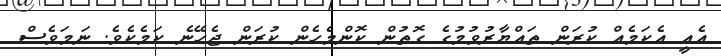
އެއީ އެކަމެއް ކުރަން ތައްޔާރުވުމުގެ ގޮތުން ކޮންމެހެން ކުރަން ޖެހޭނެ ކަމެކެވެ. ނަމަވެސް